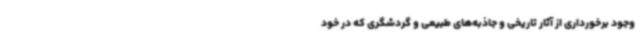
وجود برخورداری از آثار تاریخی و جاذبه‌های طبیعی و گردشگری که در خود